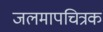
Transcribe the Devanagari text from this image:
जलमापचित्रक